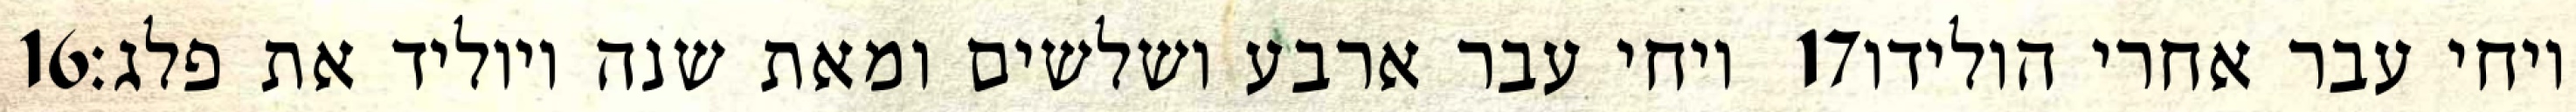
‎16‏ ויחי עבר ארבע ושלשים ומאת שנה ויוליד את פלג׃ ‎17‏ ויחי עבר אחרי הולידו